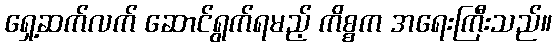
ရှေ့ဆက်လက် ဆောင်ရွက်ရမည့် ကိစ္စက အရေးကြီးသည်။